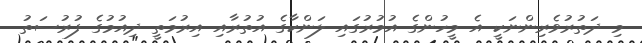
މި ދަތުރުވެރިންނަކީ އެ މީހުންގެ އުމުރުގައި ލަންކާގެ އުތުރާއި އިރުމަތީ ދިއުމުގެ ފުރުސަތު